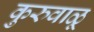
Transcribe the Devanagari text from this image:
कुरुवाळू